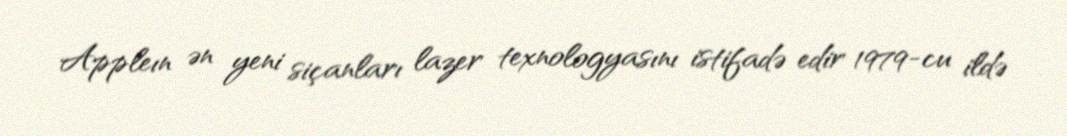
Appleın ən yeni siçanları lazer texnologyasını istifadə edir 1979-cu ildə